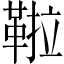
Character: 鞡